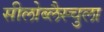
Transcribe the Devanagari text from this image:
सीलोब्लैस्चुला